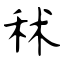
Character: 秫